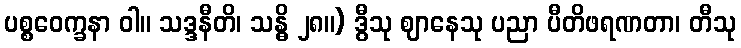
ပစ္စဝေက္ခနာ ဝါ။ သဒ္ဒနီတိ၊ သန္ဓိ ၂၈။) ဒွီသု ဈာနေသု ပညာ ပီတိဖရဏတာ၊ တီသု